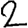
Digit: 2